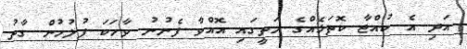
އަދި އެ ކުއްޖާ ކޮތަޅެއްގެ މަތީގައި އޮއްވާ ފެނުނު ވާހަކަ ފުލުހުން ގާތު